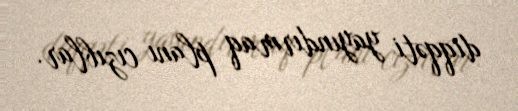
diqqəti yayındırmaq planı cızıblar.